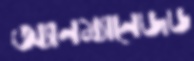
অ্যানম্যানেজড